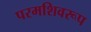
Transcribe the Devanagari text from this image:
परमशिवरूप